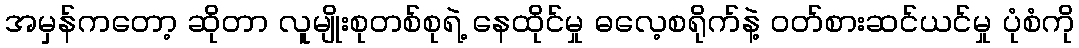
အမှန်ကတော့ ဆိုတာ လူမျိုးစုတစ်စုရဲ့ နေထိုင်မှု ဓလေ့စရိုက်နဲ့ ဝတ်စားဆင်ယင်မှု ပုံစံကို